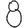
Digit: 8